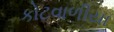
કોટવાળીયા